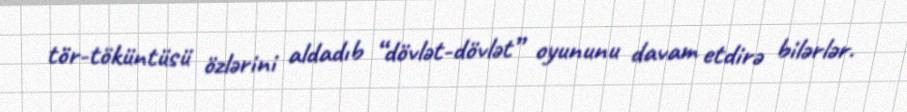
tör-töküntüsü özlərini aldadıb “dövlət-dövlət” oyununu davam etdirə bilərlər.